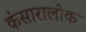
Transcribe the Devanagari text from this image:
कंसारालोक